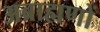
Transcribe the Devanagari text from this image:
अब्राह्मणों